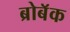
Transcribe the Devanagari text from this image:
ब्रोबॅक